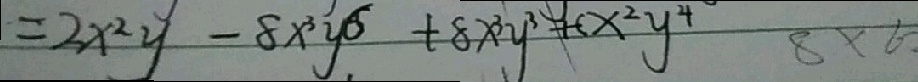
= 2 x ^ { 2 } y - 8 x ^ { 3 } y ^ { 6 } + 8 x ^ { 3 } y ^ { 3 } + ( x ^ { 2 } y ^ { 4 }